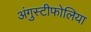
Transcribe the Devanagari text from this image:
अंगुस्टीफोलिया